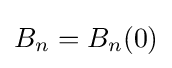
B_{n}=B_{n}(0)